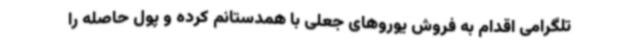
تلگرامی اقدام به فروش یوروهای جعلی با همدستانم کرده و پول حاصله را